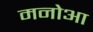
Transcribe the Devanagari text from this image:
मनोआ